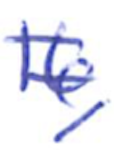
Text: 16,
Cross-out: double-line
Writing tool: ballpoint